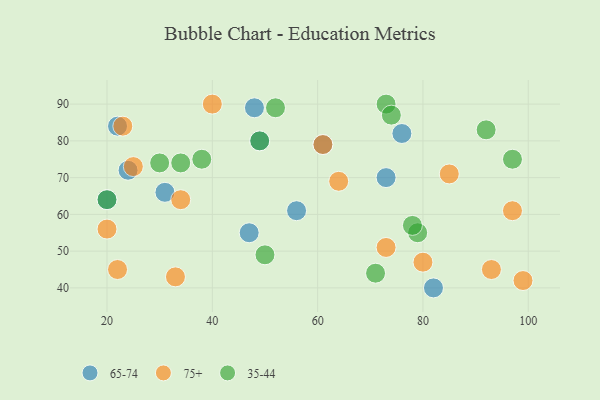
{"axis": {"x": "GDP", "y": "Life Expectancy"}, "legend": ["35-44", "65-74", "75+"], "data": [{"x": "31", "y": 66, "type": "65-74"}, {"x": "24", "y": 72, "type": "65-74"}, {"x": "73", "y": 70, "type": "65-74"}, {"x": "76", "y": 82, "type": "65-74"}, {"x": "48", "y": 89, "type": "65-74"}, {"x": "47", "y": 55, "type": "65-74"}, {"x": "61", "y": 79, "type": "65-74"}, {"x": "20", "y": 64, "type": "65-74"}, {"x": "56", "y": 61, "type": "65-74"}, {"x": "49", "y": 80, "type": "65-74"}, {"x": "82", "y": 40, "type": "65-74"}, {"x": "22", "y": 84, "type": "65-74"}, {"x": "80", "y": 47, "type": "75+"}, {"x": "93", "y": 45, "type": "75+"}, {"x": "34", "y": 64, "type": "75+"}, {"x": "64", "y": 69, "type": "75+"}, {"x": "99", "y": 42, "type": "75+"}, {"x": "40", "y": 90, "type": "75+"}, {"x": "33", "y": 43, "type": "75+"}, {"x": "25", "y": 73, "type": "75+"}, {"x": "73", "y": 51, "type": "75+"}, {"x": "20", "y": 56, "type": "75+"}, {"x": "97", "y": 61, "type": "75+"}, {"x": "85", "y": 71, "type": "75+"}, {"x": "22", "y": 45, "type": "75+"}, {"x": "23", "y": 84, "type": "75+"}, {"x": "61", "y": 79, "type": "75+"}, {"x": "20", "y": 64, "type": "35-44"}, {"x": "71", "y": 44, "type": "35-44"}, {"x": "30", "y": 74, "type": "35-44"}, {"x": "50", "y": 49, "type": "35-44"}, {"x": "34", "y": 74, "type": "35-44"}, {"x": "79", "y": 55, "type": "35-44"}, {"x": "52", "y": 89, "type": "35-44"}, {"x": "73", "y": 90, "type": "35-44"}, {"x": "92", "y": 83, "type": "35-44"}, {"x": "38", "y": 75, "type": "35-44"}, {"x": "74", "y": 87, "type": "35-44"}, {"x": "49", "y": 80, "type": "35-44"}, {"x": "78", "y": 57, "type": "35-44"}, {"x": "97", "y": 75, "type": "35-44"}]}